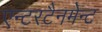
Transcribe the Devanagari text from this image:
एन्टरटैनमेन्ट